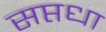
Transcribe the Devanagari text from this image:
सप्तधा